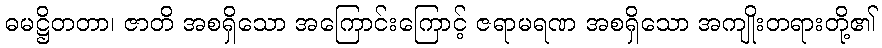
ဓမဋ္ဌိတတာ၊ ဇာတိ အစရှိသော အကြောင်းကြောင့် ဇရာမရဏ အစရှိသော အကျိုးတရားတို့၏